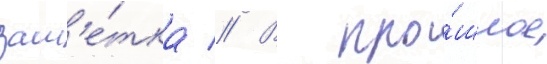
зам'е́тка // В про́шлое